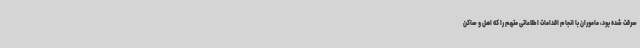
سرقت شده بود، ماموران با انجام اقدامات اطلاعاتی متهم را که اهل و ساکن